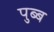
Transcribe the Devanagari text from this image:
पुब्ब